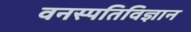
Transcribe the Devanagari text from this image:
वनस्‍पतिविज्ञान